Sleeping sickness
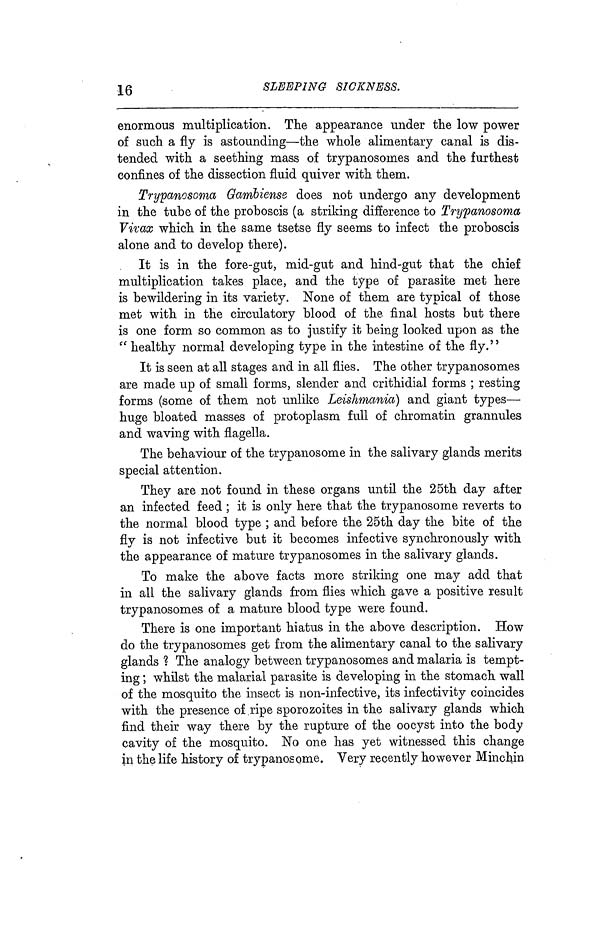
16
SLEEPING SICKNESS.
enormous multiplication. The appearance under the low power
of such a fly is astounding—the whole alimentary canal is dis-
tended with a seething mass of trypanosomes and the furthest
confines of the dissection fluid quiver with them.
Trypanosoma Gambiense does not undergo any development
in the tube of the proboscis (a striking difference to Trypanosoma
Vivax which in the same tsetse fly seems to infect the proboscis
alone and to develop there).
It is in the fore-gut, mid-gut and hind-gut that the chief
multiplication takes place, and the type of parasite met here
is bewildering in its variety. None of them are typical of those
met with in the circulatory blood of the final hosts but there
is one form so common as to justify it being looked upon as the
" healthy normal developing type in the intestine of the fly.'*
It is seen at all stages and in all flies. The other trypanosomes
are made up of small forms, slender and crithidial forms ; resting
forms (some of them not unlike Leishmania) and giant types—
huge bloated masses of protoplasm full of chromatin grannules
and waving with flagella.
The behaviour of the trypanosome in the salivary glands merits
special attention.
They are not found in these organs until the 25th day after
an infected feed ; it is only here that the trypanosome reverts to
the normal blood type ; and before the 25th day the bite of the
fly is not infective but it becomes infective synchronously with
the appearance of mature trypanosomes in the salivary glands.
To make the above facts more striking one may add that
in all the salivary glands from flies which gave a positive result
trypanosomes of a mature blood type were found.
There is one important hiatus in the above description. How
do the trypanosomes get from the alimentary canal to the salivary
glands ? The analogy between trypanosomes and malaria is tempt-
ing ; whilst the malarial parasite is developing in the stomach wall
of the mosquito the insect is non-infective, its infectivity coincides
with the presence of ripe sporozoites in the salivary glands which
find their way there by the rupture of the oocyst into the body
cavity of the mosquito. No one has yet witnessed this change
in the life history of trypanosome. Very recently however Minchin